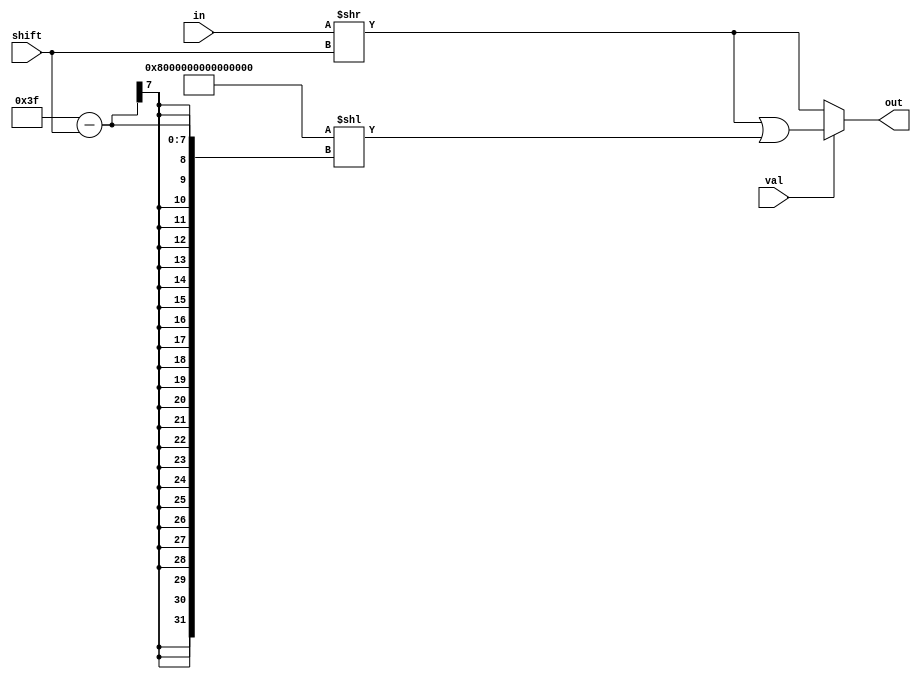
module RSHIFT64 #(parameter SIZE = 64)(input [SIZE-1:0] in, 
    input [6:0] shift, input val,
    output reg [SIZE-1:0] out);
always @(in or shift or val) begin
    out = in >> shift;
	if(val)
	    out = out | ({SIZE-1 {1'b1} } << (SIZE-1-shift));
end	
endmodule